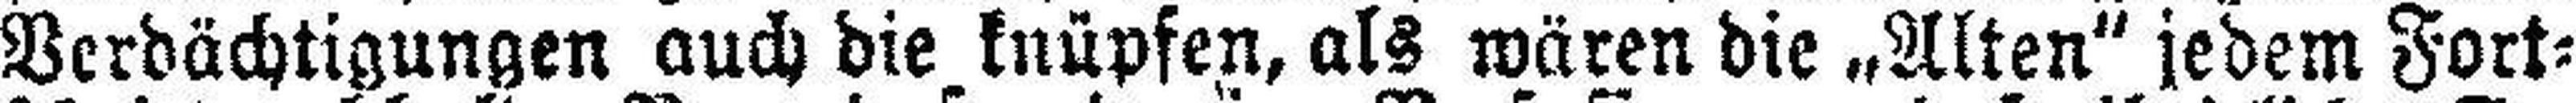
Verdächtigungen auch die knüpfen, als wären die „Alten“ jedem Fort¬